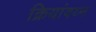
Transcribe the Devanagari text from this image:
क्रियांवय्न